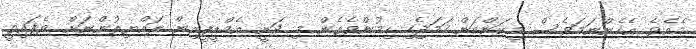
މެއެވެ. އެހެންނަމަވެސް މިކަންކަން ހަމަޖެހި ހިމުންވެގެން މި ދަނީ އެމްޑީޕީއިން ރައްޔިތުންނަށް ވެފައިވީ